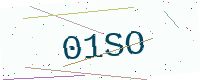
Text: 01SO